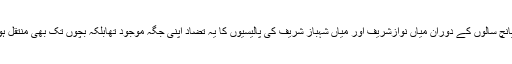
گزشتہ پانچ سالوں کے دوران میاں نوازشریف اور میاں شہباز شریف کی پالیسیوں کا یہ تضاد اپنی جگہ موجود تھابلکہ بچوں تک بھی منتقل ہوگیا تھا۔